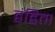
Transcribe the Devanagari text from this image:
द्वंद्विता